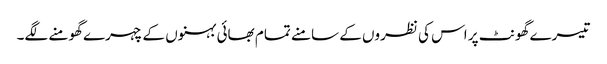
تیسرے گھونٹ پر اس کی نظروں کے سامنے تمام بھائی بہنوں کے چہرے گھومنے لگے۔